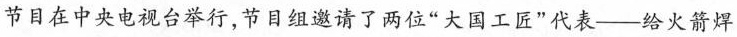
节目在中央电视台举行，节目组邀请了两位”大国工匠”代表--给火箭焊